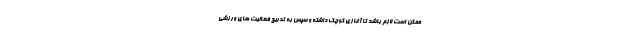
ممکن است لازم باشد تا آغازی کوچک داشته و سپس به تدریج فعالیت های ورزشی